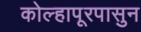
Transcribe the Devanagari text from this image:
कोल्हापूरपासुन